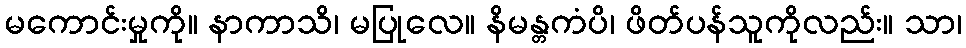
မကောင်းမှုကို။ နာကာသိ၊ မပြုလေ။ နိမန္တကံပိ၊ ဖိတ်ပန်သူကိုလည်း။ သာ၊